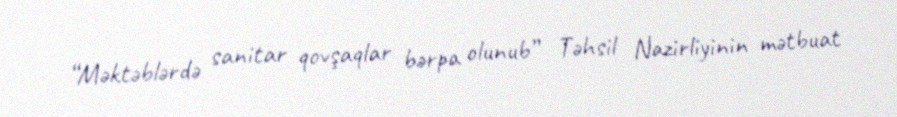
“Məktəblərdə sanitar qovşaqlar bərpa olunub” Təhsil Nazirliyinin mətbuat